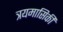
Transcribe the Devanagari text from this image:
त्रयमासिकी